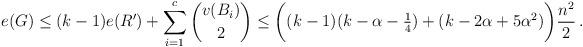
LaTeX: \begin{align*}e(G) \leq (k-1)e(R')+\sum_{i=1}^c \binom{v(B_i)}{2}\leq \bigg((k-1)(k-\alpha -\tfrac14) +(k-2\alpha +5\alpha^2)\bigg)\frac{n^2}{2}\,.\end{align*}